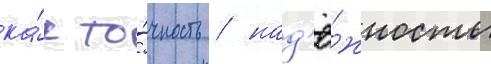
ка́к то́чность / над'ё́жность